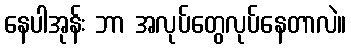
နေပါအုန်း ဘာ အလုပ်တွေလုပ်နေတာလဲ။